Plague in India, 1896, 1897 - Volume 2
Year: 1896
Disease focus: Plague
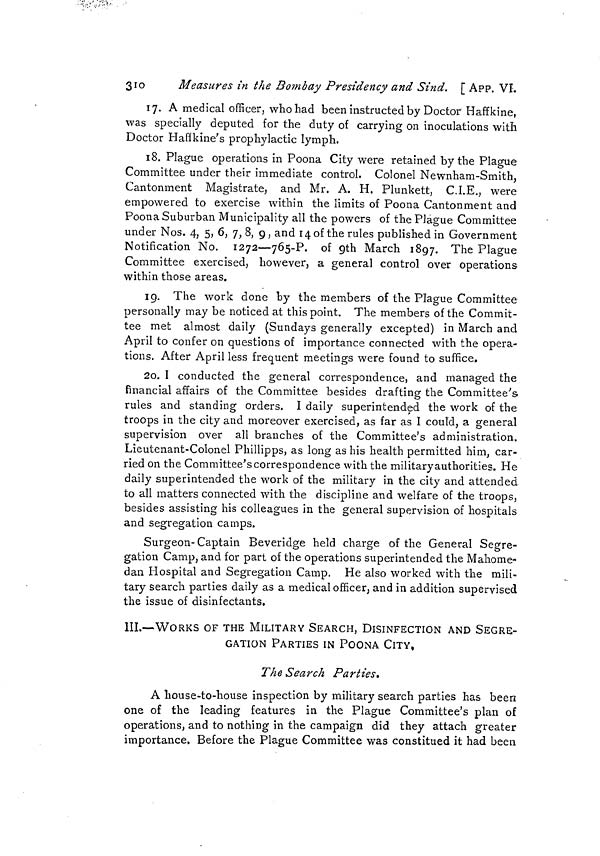
310
Measures in the Bombay Presidency and Sind. [ APP. VI.
17. A medical officer, who had been instructed by Doctor Haffkine,
was specially deputed for the duty of carrying on inoculations with
Doctor Hafikine's prophylactic lymph.
18. Plague operations in Poona City were retained by the Plague
Committee under their immediate control. Colonel Newnham-Smith,
Cantonment Magistrate, and Mr. A. H. Plunkett, C.I.E., were
empowered to exercise within the limits of Poona Cantonment and
Poona Suburban Municipality all the powers of the Plague Committee
under Nos. 4, 5, 6, 7, 8, 9, and 14 of the rules published in Government
Notification No. 1272—765-P. of 9th March 1897. The Plague
Committee exercised, however, a general control over operations
within those areas.
19. The work done by the members of the Plague Committee
personally may be noticed at this point. The members of the Commit-
tee met almost daily (Sundays generally excepted) in March and
April to confer on questions of importance connected with the opera-
tions. After April less frequent meetings were found to suffice.
20. I conducted the general correspondence, and managed the
financial affairs of the Committee besides drafting the Committee's
rules and standing orders. I daily superintended the work of the
troops in the city and moreover exercised, as far as I could, a general
supervision over all branches of the Committee's administration.
Lieutenant-Colonel Phillipps, as long as his health permitted him, car-
ried on the Committee's correspondence with the militaryauthorities. He
daily superintended the work of the military in the city and attended
to all matters connected with the discipline and welfare of the troops,
besides assisting his colleagues in the general supervision of hospitals
and segregation camps.
Surgeon-Captain Beveridge held charge of the General Segre-
gation Camp, and for part of the operations superintended the Mahome-
dan Hospital and Segregation Camp. He also worked with the mili-
tary search parties daily as a medical officer, and in addition supervised
the issue of disinfectants.
III.—WORKS OF THE MILITARY SEARCH, DISINFECTION AND SEGRE-
GATION PARTIES IN POONA CITY,
The Search Parties.
A house-to-house inspection by military search parties has been
one of the leading features in the Plague Committee's plan of
operations, and to nothing in the campaign did they attach greater
importance. Before the Plague Committee was constitued it had been